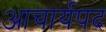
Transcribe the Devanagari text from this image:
आचार्यपद